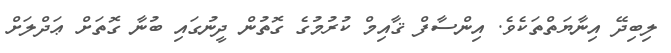
ލިބިދޭ އިނާޔަތްތަކެވެ. އިންސާފް ޤާއިމް ކުރުމުގެ ގޮތުން ދީނުގައި ބުނާ ގޮތަށް ޢަދްލަށް